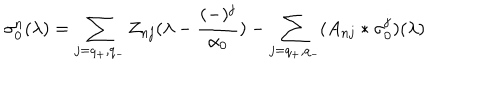
LaTeX: \sigma _ { 0 } ^ { n } ( \lambda ) = \sum _ { j = q _ { + } , q _ { - } } Z _ { n j } ( \lambda - { \frac { ( - ) ^ { j } } { \alpha _ { 0 } } } ) - \sum _ { j = q _ { + } , q _ { - } } ( A _ { n j } * \sigma _ { 0 } ^ { j } ) ( \lambda )